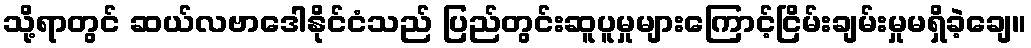
သို့ရာတွင် ဆယ်လဗာဒေါနိုင်ငံသည် ပြည်တွင်းဆူပူမှုများကြောင့်ငြိမ်းချမ်းမှုမရှိခဲ့ချေ။